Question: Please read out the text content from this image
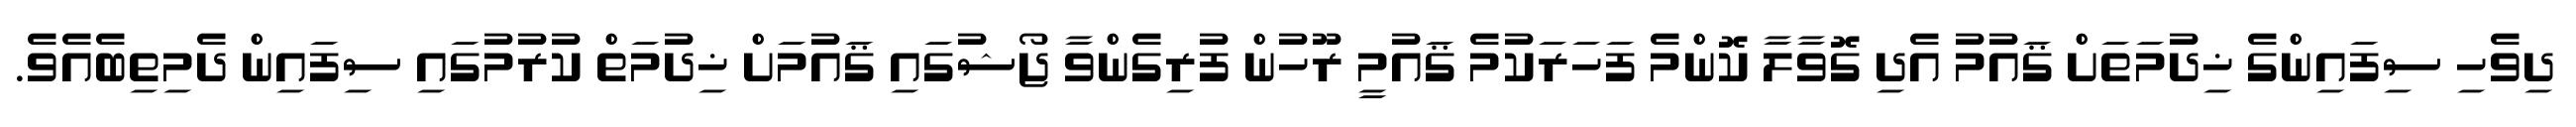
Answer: ދިވެހި ސިފައިންގެ ޚިދުމަތަށް ޤައުމު އެދި ގޮވާލާ ކޮންމެ ފަހަރަކުމެ ޤައުމީ ރޫހުން ފުރިގެންވާ ޖޯޝުގައި ޤައުމަށް ޚިދުމަތް ކުރުމުގައި ސިފައިން ދެމިތިބެއެވެ.